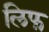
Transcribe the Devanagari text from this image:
लिफ